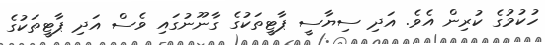
ހުކުމުގެ ކުރިން އެވެ. އަދި ސިޔާސީ ޕާޓީތަކުގެ ގާނޫނުގައި ވެސް އަދި ޕާޓީތަކުގެ